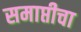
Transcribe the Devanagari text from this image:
समाप्तीचा